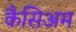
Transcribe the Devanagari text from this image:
कैसिअम